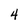
Character: 4